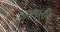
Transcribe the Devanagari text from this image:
आश्चर्य।